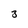
Character: 3